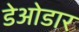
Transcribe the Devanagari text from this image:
डेओडार